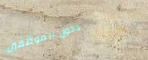
دخول الموظفين